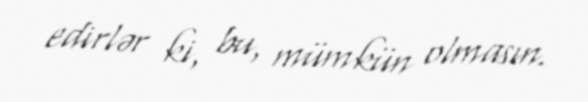
edirlər ki, bu, mümkün olmasın.